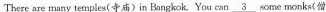
There are many ternples(寺庙)in Bangkok. You can\underline{3}